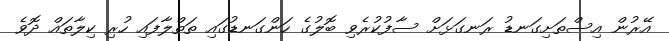
އޭރުން އިސްތަށިގަނޑު ރަނގަޅަށް ސާފުކުރެވި ބޮލުގެ ހަންގަނޑުގައި ތަތްލާފައި ހުރި ކިލާތައް ދޮވެ